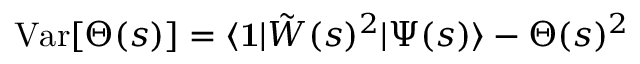
\mathrm { V a r } [ \Theta ( s ) ] = \langle \mathbf { 1 } | \tilde { W } ( s ) ^ { 2 } | \Psi ( s ) \rangle - \Theta ( s ) ^ { 2 }